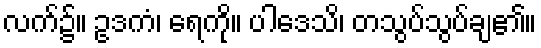
လက်၌။ ဥဒကံ၊ ရေကို။ ပါဒေသိ၊ တသွပ်သွပ်ချ၏။